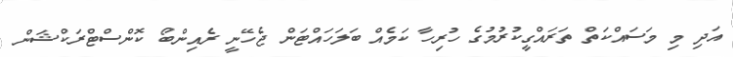
އަދި މި މަސައްކަތް ތަރައްގީކުރުމުގެ ހުރިހާ ކަމެއް ބަލަހައްޓަން ޖެހޭނީ ރެއިންބޯ ކޮންސްޓްރަކްޝަން